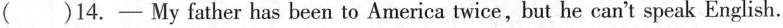
( )14.- My father has been to America twice,but he can't speak English.